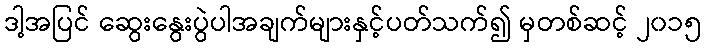
ဒါ့အပြင် ဆွေးနွေးပွဲပါအချက်များနှင့်ပတ်သက်၍ မှတစ်ဆင့် ၂၀၁၅